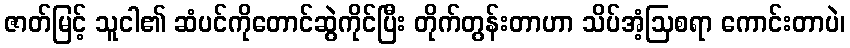
ဇာတ်မြင့် သူငါ၏ ဆံပင်ကိုတောင်ဆွဲကိုင်ပြီး တိုက်တွန်းတာဟာ သိပ်အံ့ဩစရာ ကောင်းတာပဲ၊